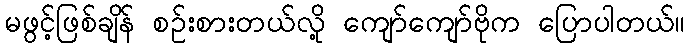
မဖွင့်ဖြစ်ချိန် စဉ်းစားတယ်လို့ ကျော်ကျော်ဗိုက ပြောပါတယ်။